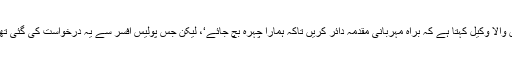
وہ کہتا ہے کہ ایک کیس کے دوران ’لمبے بالوں والا وکیل کہتا ہے کہ براہِ مہربانی مقدمہ دائر کریں تاکہ ہمارا چہرہ بچ جائے‘، لیکن جس پولیس افسر سے یہ درخواست کی گئی تھی انہوں نے مقدمہ دائر کرنے سے انکار کردیا۔